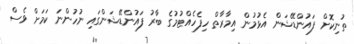
ތުނިކޮށް ފައުންޑޭޝަން އެޅުމުން އިމާރާތް ހިފެހެއްޓުމުގެ ބާރު ފައުންޑޭޝަންގައި ނުހުންނަ ކަމަށް ވެސް